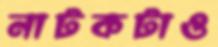
নাটকটাও